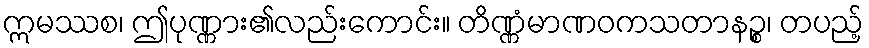
ဣမဿစ၊ ဤပုဏ္ဏား၏လည်းကောင်း။ တိဏ္ဏံမာဏဝကသတာနဉ္စ၊ တပည့်